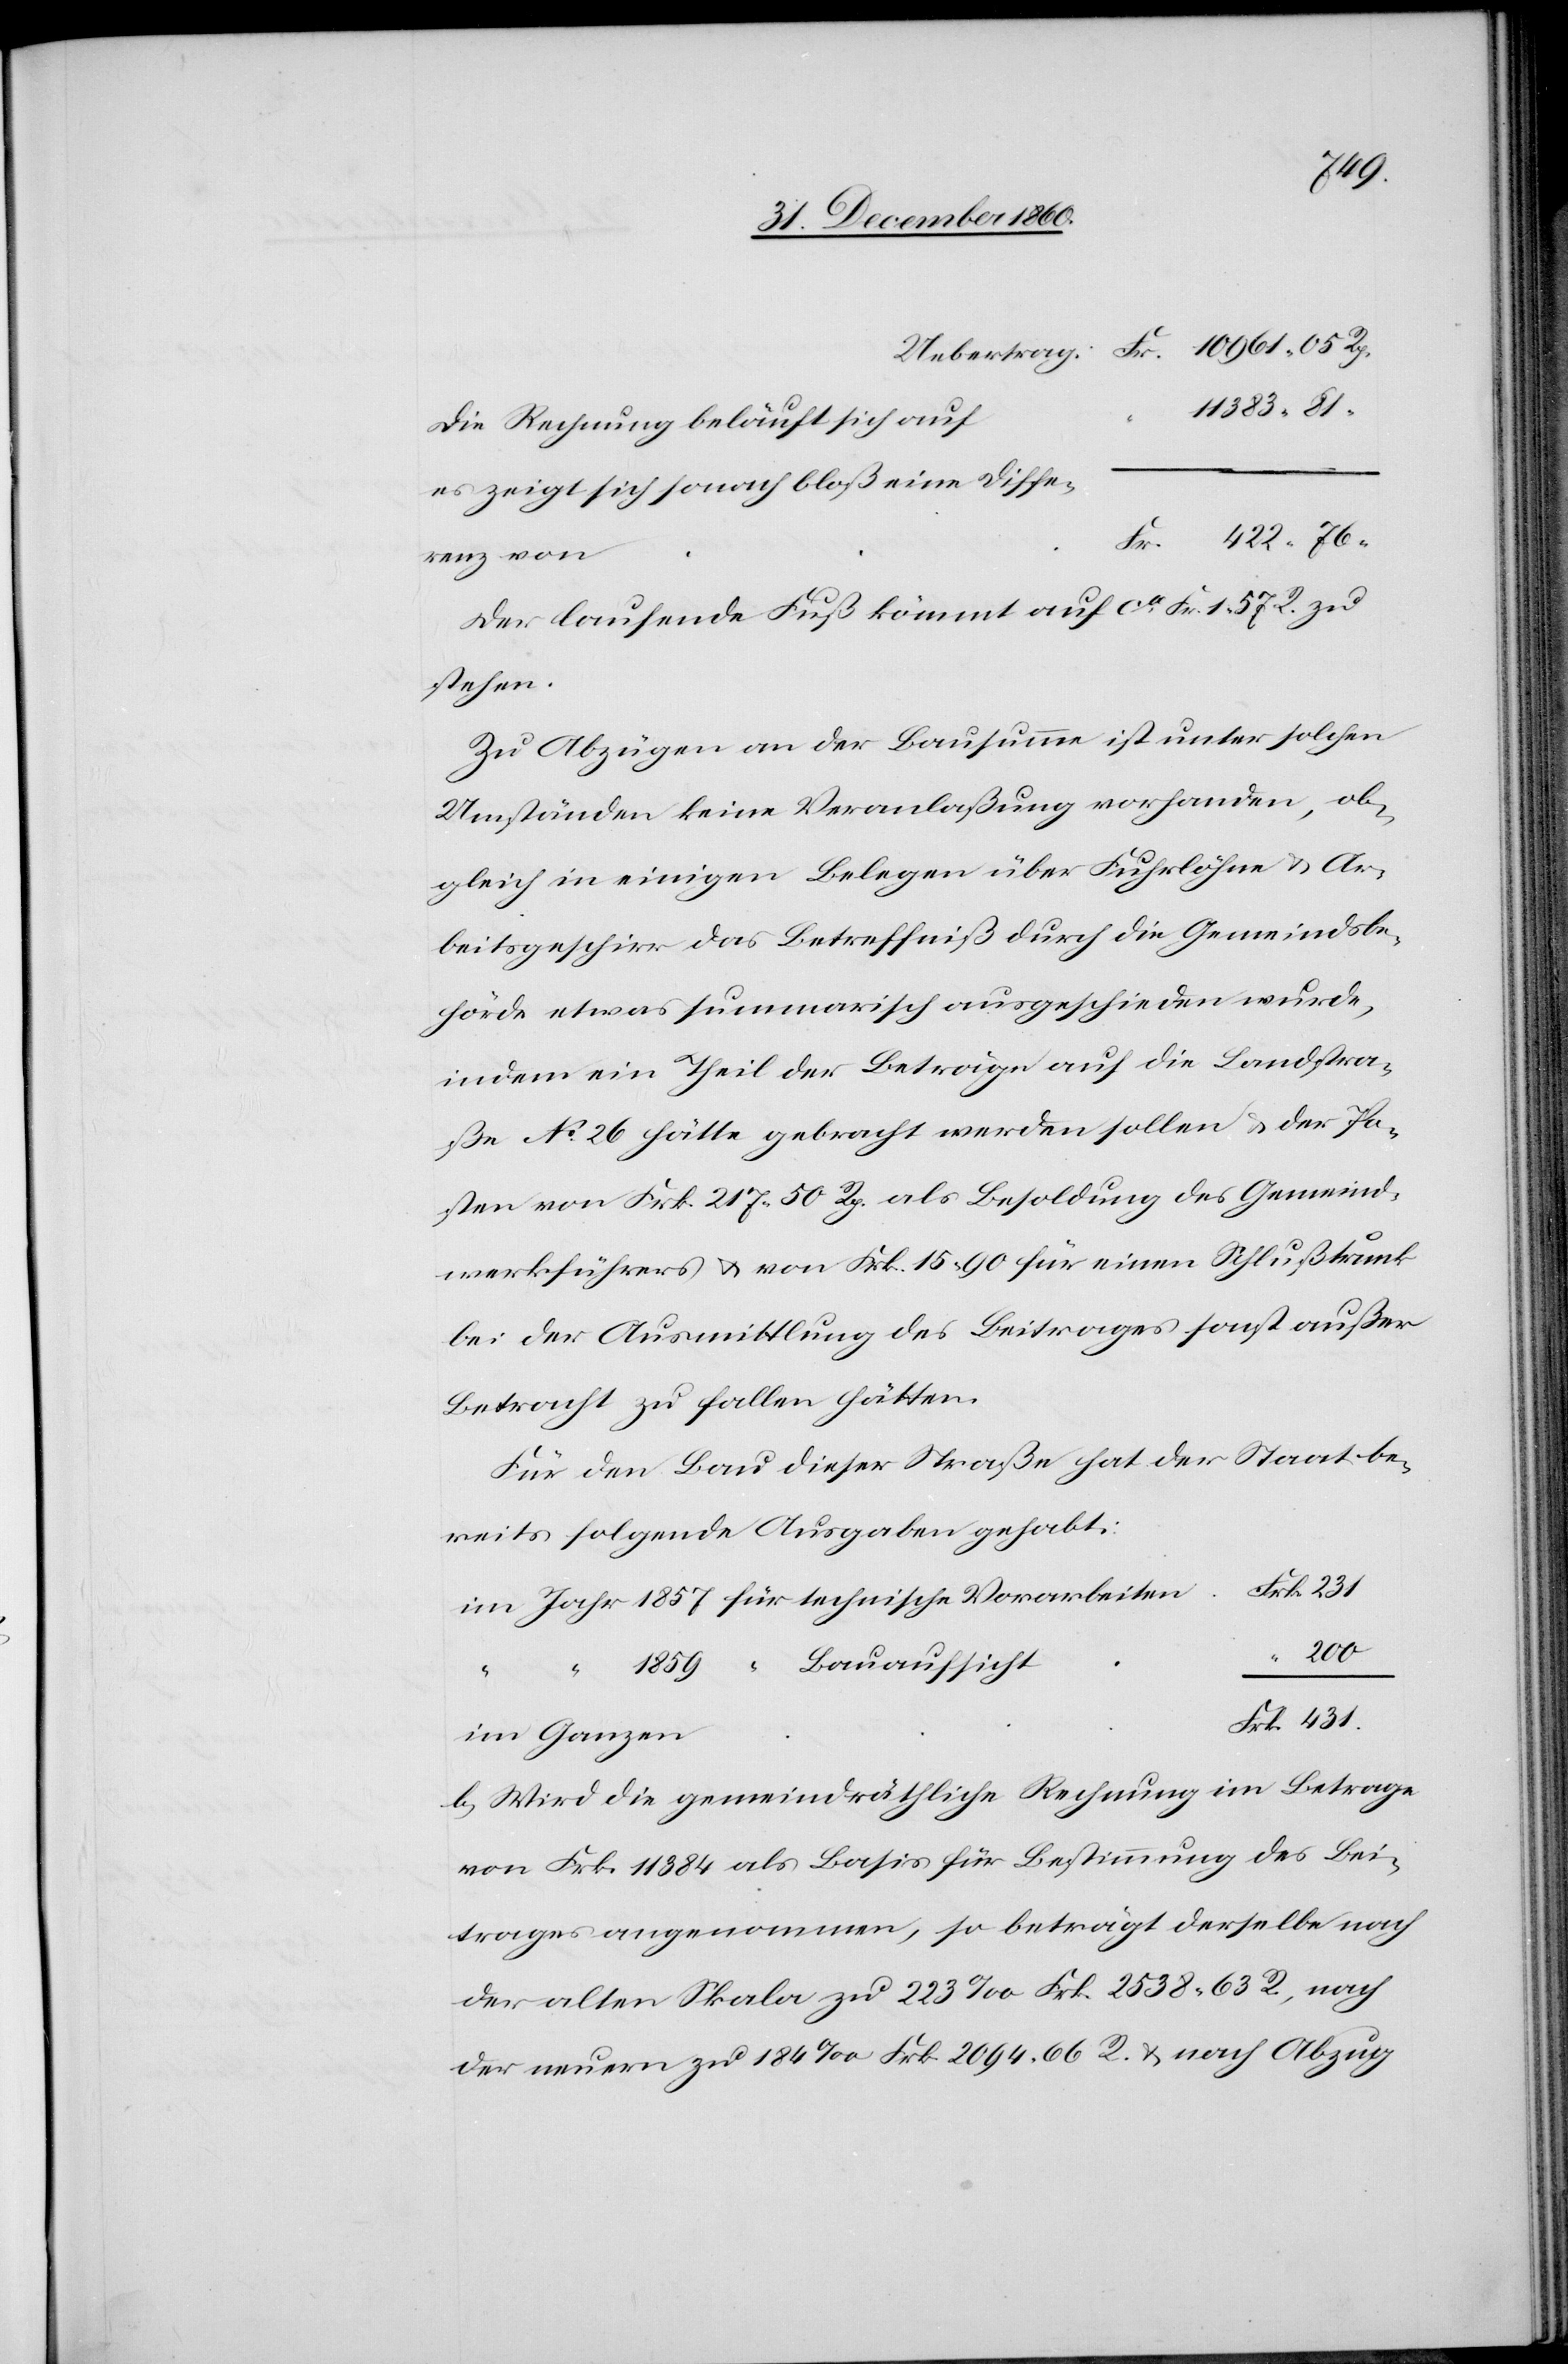
die Rechnung beläuft sich auf
es zeigt sich sonach bloß eine Diffe¬
renz von
Der laufende Fuß kömmt auf ca Fr. 1 57 R. zu
stehen.
Zu Abzügen an der Bausumme ist unter solchen
Umständen keine Veranlaßung vorhanden, ob¬
gleich in einigen Belegen über Fuhrlöhne u. Ar¬
beitsgeschirr das Betreffniß durch die Gemeindsbe¬
hörde etwas summarisch ausgeschieden wurde,
indem ein Theil der Beträge auf die Landstra¬
ße No 26 hätte gebracht werden sollen u. der Po¬
sten von Frk. 217 50 Rp. als Besoldung des Gemeind¬
werkführers u. von Frk. 15 90 für einen Schlußtrunk
bei der Ausmittlung des Beitrages sonst außer
Betracht zu fallen hätten.
Für den Bau dieser Straße hat der Staat be¬
reits folgende Ausgaben gehabt.
200
Bauaufsicht
1859
Frk.
“
im Ganzen
b. Wird die gemeindräthliche Rechnung im Betrage
von Frk. 11 384 als Basis für Bestimmung des Bei¬
trages vorgenommen, so beträgt derselbe nach
der alten Skala zu 223‰ Frk. 2538 63 R., nach
der neuern zu 184‰ Frk. 2094 66 R. u. nach Abzug